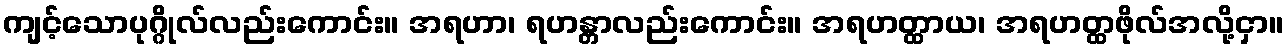
ကျင့်သောပုဂ္ဂိုလ်လည်းကောင်း။ အရဟာ၊ ရဟန္တာလည်းကောင်း။ အရဟတ္ထာယ၊ အရဟတ္ထဖိုလ်အလို့ငှာ။